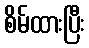
စိမ်ထားပြီး